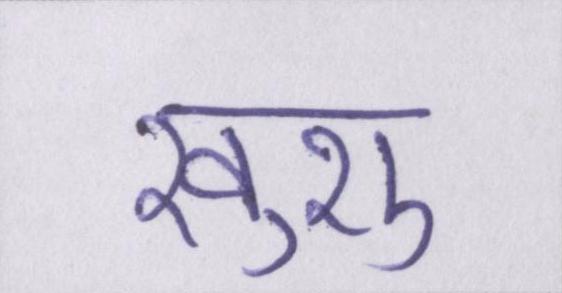
खुशु